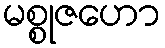
မစ္စုဇဟော